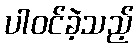
ပါဝင်ခဲ့သည့်